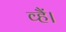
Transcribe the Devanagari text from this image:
व्हैं।